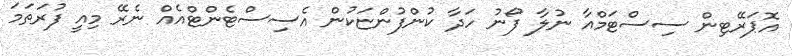
އޮޕަރޭޓިން ސިސްޓަމްއާ ނުލާ ފޯނު ހަދާ ކުންފުންޏަކުން އެސިސްޓެންޓްއެއް ނެރޭ މިއީ ފުރަތަމަ